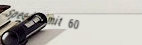
Speed Limit 60